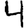
Digit: 4